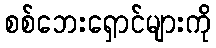
စစ်ဘေးရှောင်များကို